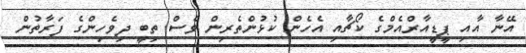
އޭނާ އާއި ޕީޑީއާރްއެމްގެ ކޯޗާއި އެހެން ކުޅުންތެރިން ވެސް ތިބީ ދިވެހިންގެ ފަރާތުން